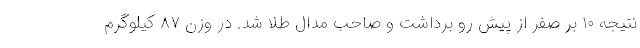
نتیجه ۱۰ بر صفر از پیش رو برداشت و صاحب مدال طلا شد. در وزن ۸۷ کیلوگرم